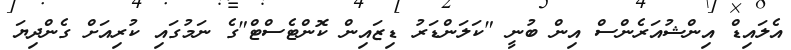
އެލައިޑް އިންޝުއަރެންސް އިން ބުނީ "ކަލަންޑަރު ޑިޒައިން ކޮންޓެސްޓް"ގެ ނަމުގައި ކުރިއަށް ގެންދިޔަ